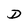
Character: D